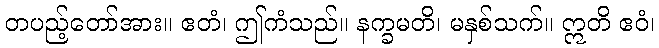
တပည့်တော်အား။ ဧတံ၊ ဤကံသည်။ နက္ခမတိ၊ မနှစ်သက်။ ဣတိ ဧဝံ၊